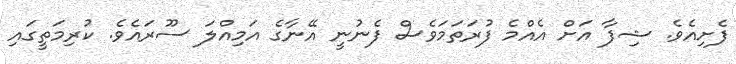
ފެށިއެވެ. ޝިފާ އަށް އެއްމެ ފުރަތަމަވެސް ފެނުނީ އޭނާގެ އަމިއްލަ ސޫރައެވެ. ކުރިމަތީގައި